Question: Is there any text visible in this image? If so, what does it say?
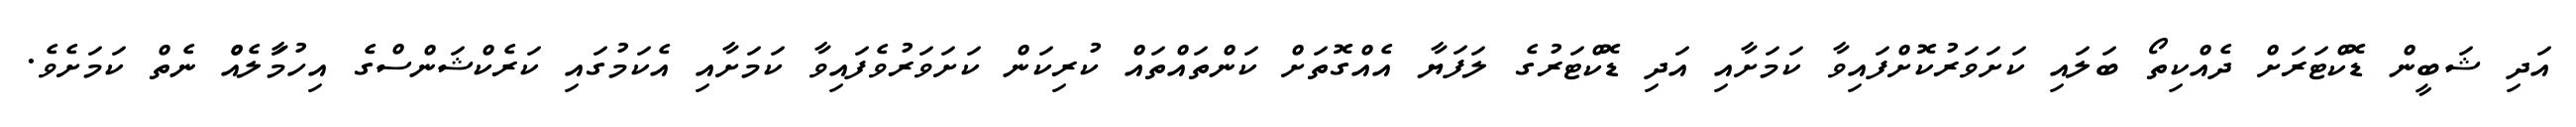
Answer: އަދި ޝަބީން ޑޮކްޓަރަށް ދެއްކިތޯ ބަލައި ކަށަވަރުކޮށްފައިވާ ކަމަށާއި އަދި ޑޮކްޓަރުގެ ލަފަޔާ އެއްގޮތަށް ކަންތައްތައް ކުރިކަން ކަށަވަރުވެފައިވާ ކަމަށާއި އެކަމުގައި ކަރެކްޝަންސްގެ އިހުމާަލެއްް ނެތް ކަމަށެވެ.